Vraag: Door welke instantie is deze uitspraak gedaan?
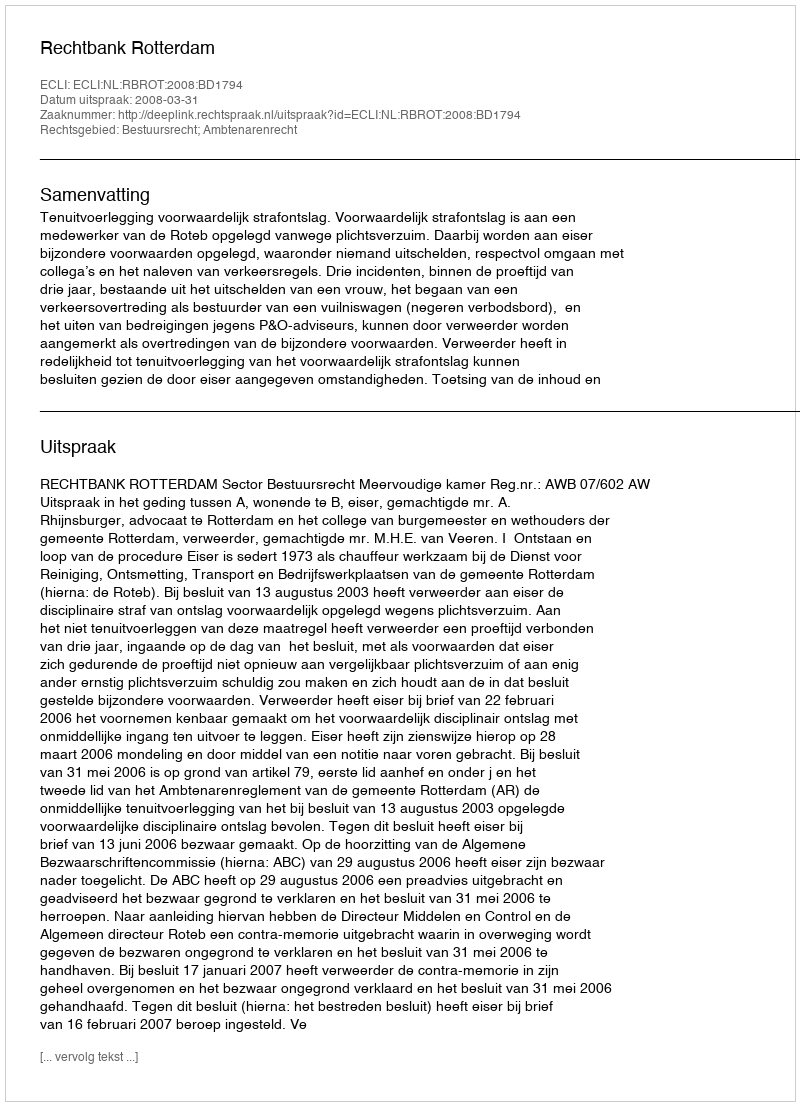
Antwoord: Rechtbank Rotterdam